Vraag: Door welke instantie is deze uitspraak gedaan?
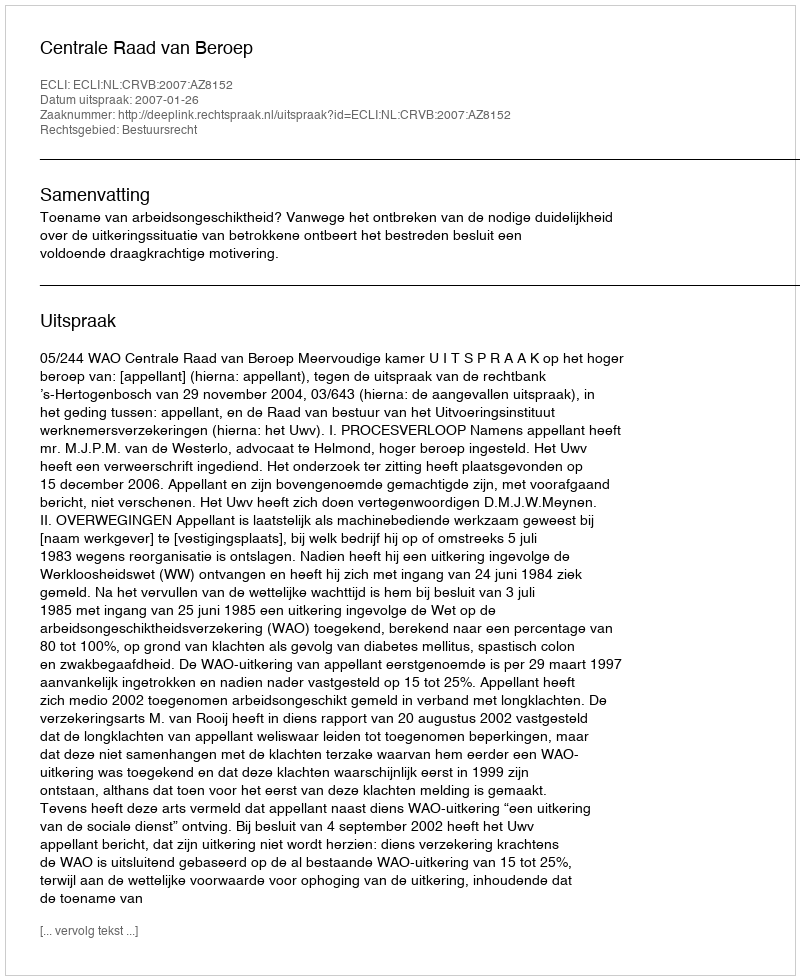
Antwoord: Centrale Raad van Beroep